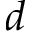
d